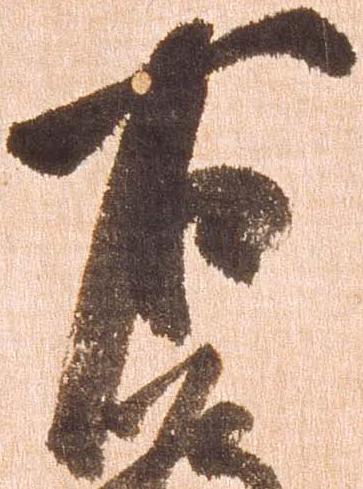
右